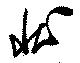
状